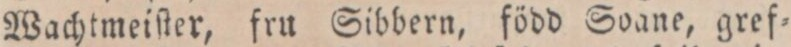
Wachtmeiſter, fru Sibbern, född Soane, gref=